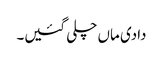
دادی ماں چلی گئیں۔